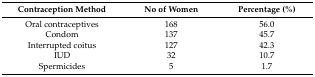
<table><thead><tr><td><b>Contraception Method</b></td><td><b>No of Women</b></td><td><b>Percentage (%)</b></td></tr></thead><tbody><tr><td>Oral contraceptives</td><td>168</td><td>56.0</td></tr><tr><td>Condom</td><td>137</td><td>45.7</td></tr><tr><td>Interrupted coitus</td><td>127</td><td>42.3</td></tr><tr><td>IUD</td><td>32</td><td>10.7</td></tr><tr><td>Spermicides</td><td>5</td><td>1.7</td></tr></tbody></table>